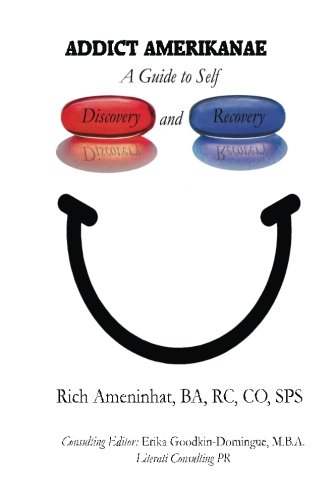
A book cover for Addict Amerikanae: a guide to self discovery and recovery; Rich Ameninhat; Health, Fitness & Dieting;